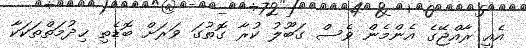
އެއީ ރާއްޖޭގެ އެންމެން ވެސް ގަބޫލު ކުރާ ގޮތުގަ ވަރަށް ބޮޑެތި ޚިދުމަތްތަކަކާ